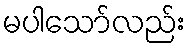
မပါသော်လည်း